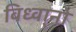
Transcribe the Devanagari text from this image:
विध्वा्नो